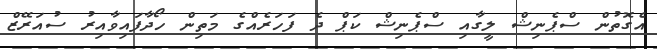
އެގޮތުން ސްޕެނިޝް ލީގާއި ސްޕެނިޝް ކަޕް ދެ ފަހަރެއްގެ މަތިން ހޯދާފައިވާއިރު ސުއަރޭޒް